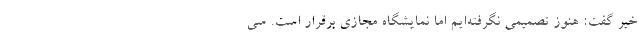
خیر گفت: هنوز تصمیمی نگرفته‌ایم اما نمایشگاه مجازی برقرار است. سی